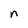
Character: n